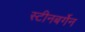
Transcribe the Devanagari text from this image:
स्टीनबर्गेन